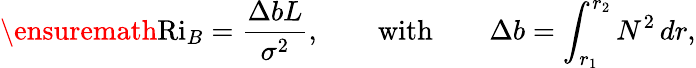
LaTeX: \ensuremath{\mathrm{Ri}_{B}}=\frac{\Delta bL}{\sigma^{2}},\qquad\mathrm{with}\qquad\Delta b=\int_{r_{1}}^{r_{2}}N^{2}\, dr,